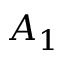
A _ { 1 }